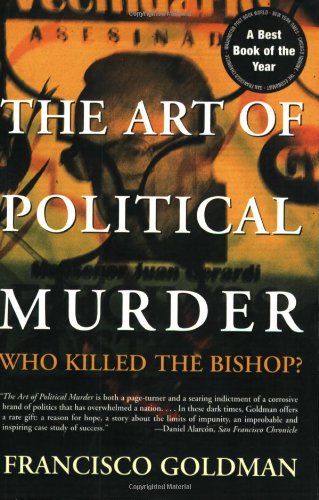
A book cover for The Art of Political Murder: Who Killed the Bishop?; Francisco Goldman; History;